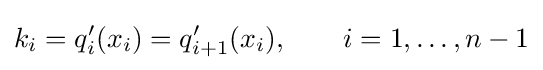
k_{i}=q_{i}'(x_{i})=q_{i+1}'(x_{i}),\qquad i=1,\dots ,n-1